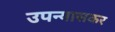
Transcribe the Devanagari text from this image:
उपन्यासकर